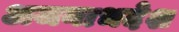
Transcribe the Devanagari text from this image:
अजनाभदेश